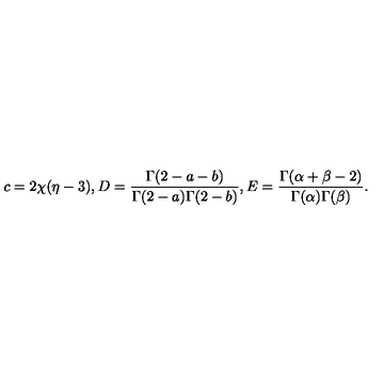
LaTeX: c = 2 \chi ( \eta - 3 ) , D = \frac { \Gamma ( 2 - a - b ) } { \Gamma ( 2 - a ) \Gamma ( 2 - b ) } , E = \frac { \Gamma ( \alpha + \beta - 2 ) } { \Gamma ( \alpha ) \Gamma ( \beta ) } .